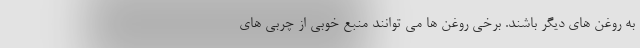
به روغن های دیگر باشند. برخی روغن ها می توانند منبع خوبی از چربی های